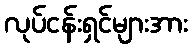
လုပ်ငန်းရှင်များအား